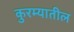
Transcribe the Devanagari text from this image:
कुरम्यातील